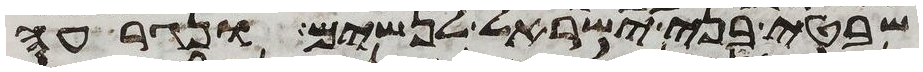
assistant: שבטי בני ישראל לנשים ונגרעה